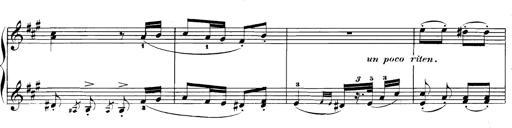
Title: Spinnerlied aus dem Fliegenden HollÃ¤nder
Composer: Franz Liszt